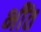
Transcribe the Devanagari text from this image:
भींत